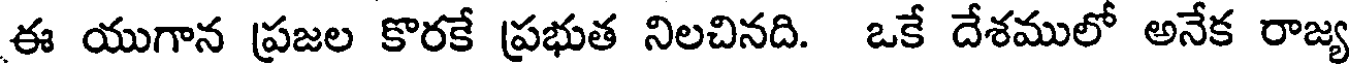
ఈ యుగాన ప్రజల కొరకే ప్రభుత నిలచినది. ఒకే దేశములో అనేక రాజ్య